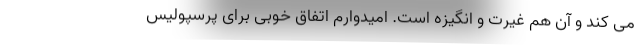
می کند و آن هم غیرت و انگیزه است. امیدوارم اتفاق خوبی برای پرسپولیس